Scottish Leaving Certificate Examination, 1960
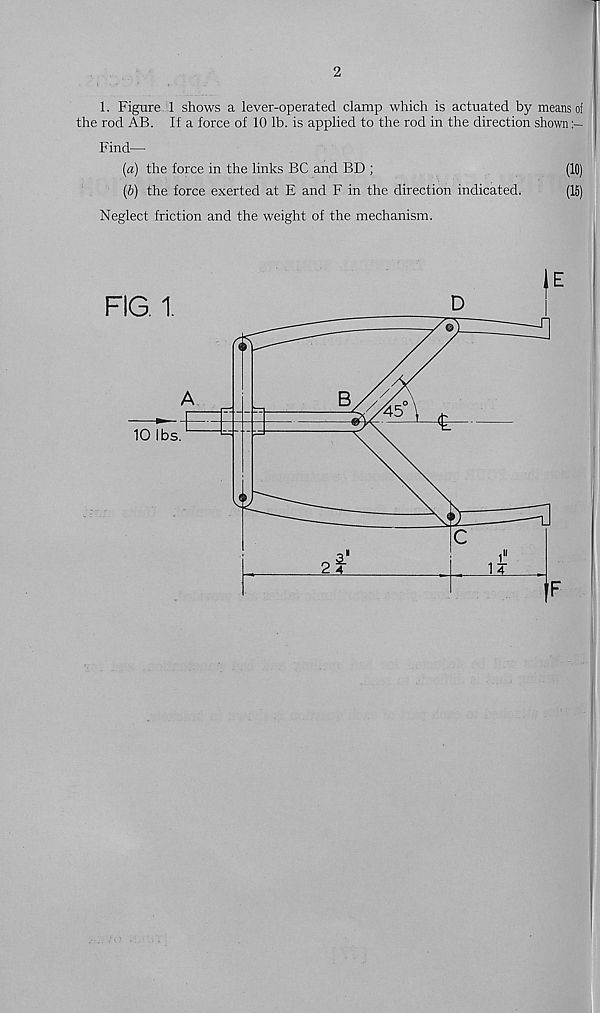
2
1. Figure 1 shows a lever-operated clamp which is actuated by means of
the rod AB. If a force of 10 lb. is applied to the rod in the direction shown
Find—
(а) the force in the links BC and BD ;
(10)
(б) the force exerted at E and F in the direction indicated.
(15)
Neglect friction and the weight of the mechanism.